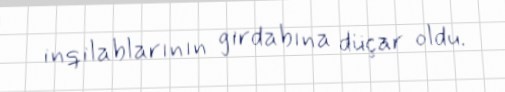
inqilablarının girdabına düçar oldu.